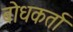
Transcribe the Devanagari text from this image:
बोधकर्ता